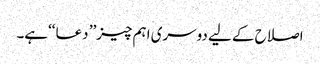
اصلاح کے لیے دوسری اہم چیز’’ دعا ‘‘ہے۔